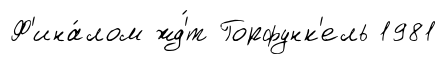
Ф'ина́лом жд'́т Горфунк'ель 1981